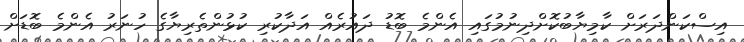
އިސްކަންދަރަށް ކާމިޔާބުކޮށްދިނުމުގައި އެންމެ ބޮޑު ދައުރެއް އަދާކުރި ކުޅުންތެރިޔާގެ ހުނަރު އެންމެ ބޮޑަށް